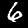
Label: 6